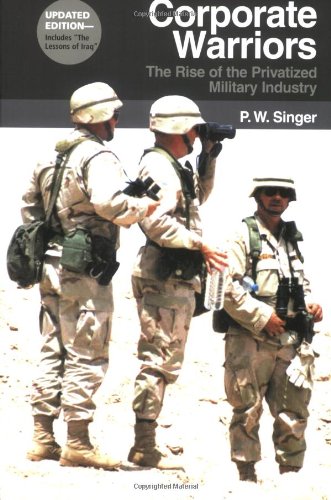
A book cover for Corporate Warriors: The Rise of the Privatized Military Industry, Updated Edition (Cornell Studies in Security Affairs); P.W. Singer; Business & Money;